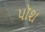
પૉશ